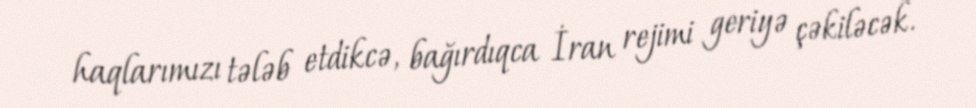
haqlarımızı tələb etdikcə, bağırdıqca İran rejimi geriyə çəkiləcək.